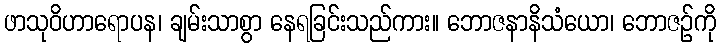
ဖာသုဝိဟာရောပန၊ ချမ်းသာစွာ နေရခြင်းသည်ကား။ ဘောဇနာနိသံယော၊ ဘောဇဉ်ကို